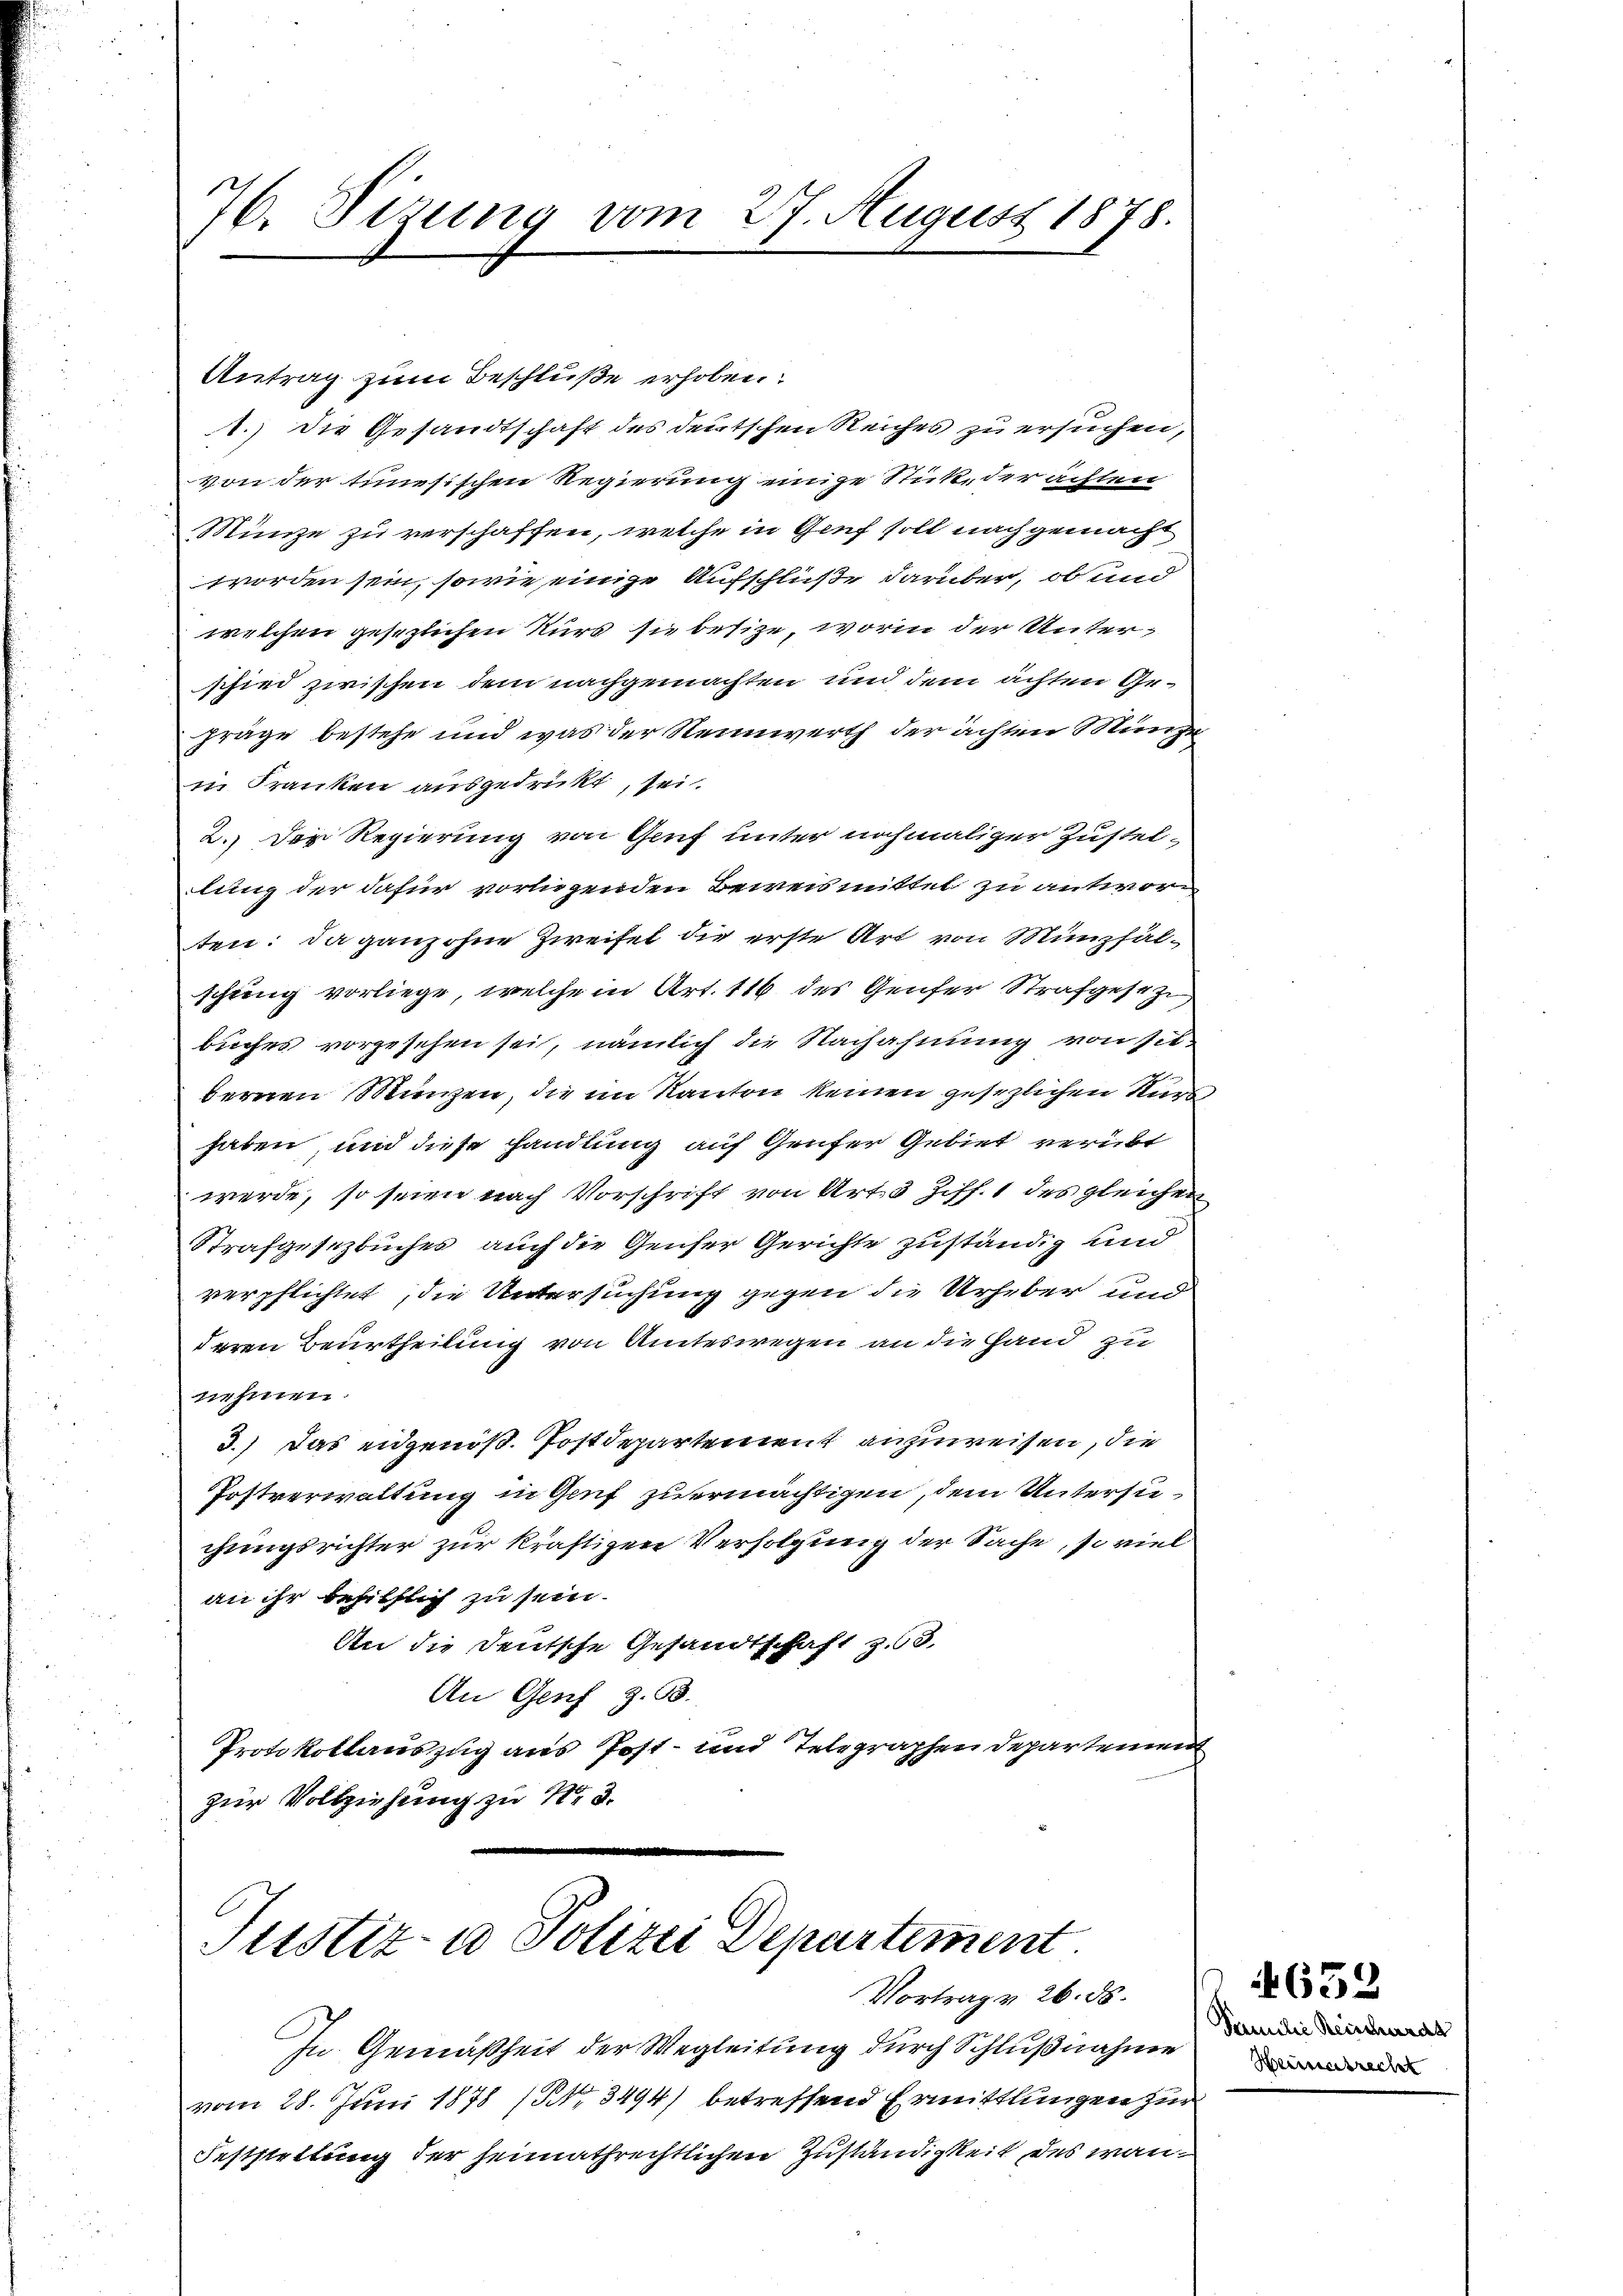
1
6. Sizung vom 27. August 1878.

Antrag zum Beschlüße erhoben:
1.) Die Gesandtschaft des deutschen Reiches zu ersuchen,
von der tunesischen Regierung einige Stick, der achten
Münze zu verschaffen, welche in Genf soll nachgemacht
worden sein, sowie einige Aufschluße darüber, ob und
welchen gesezlichen Kurs sie besize, worin der Unterschied zwischen dem nachgemachten und dem achten Gefräge bestehe und was der Neinwerth der achten Münze
in Franken ausgedrückt, sei.
2. Der Regierung von Genf unter nochmaliger Zustellung der dafür vorliegenden Beweismittel zu antworten: Da ganz ohne Zweifel die erste Art von Münzfälschung vorliege, welche in Art. 116 des Genfer Strafgeseze
buches vorgesehen sei, nämlich die Nachahmung von sie
bernen Manzen, die im Kanton keinen gesezlichen Kurs,
haben, und diese handlung auf Genfer Gebiet verübt
werde, so seien nach Vorschrift von Art. 3 Ziff. 1 des gleichen
Strafgesetzbuches auch die Genser Gerichte zuständig und
verpflichtet, die Untersuchung gegen die Urheber und
deren Beurtheilung von Amteswegen an die Hand zu
nehmen.
3.) Das eidgenoß. Postdepartement anzuweisen, die
Postverwaltung in Genf zu ermächtigen, dem Untersuchungsrichter zur kräftigen Verfolgung der Sache, so viel
an ihr behilflich zu sein.
An die Deutsche Gesandtschaft z. 63.
An Genf z. B.
Protokollauszug aus Post- und Telegraphen Departement
zur Vollziehung zu Nr. 3.

Justiz- u Polizei Departement
Vortrag v. 26. ds.

In Gemäßheit der Wegleitung durch Schlußnahme
vom 28. Juni 1878 (NNo. 3494) betreffend Ermittlungen zur
Feststettung der heimathrechtlichen Zuständigkeit des wan¬

Familie Reischarak
Heuerbrecht

4652